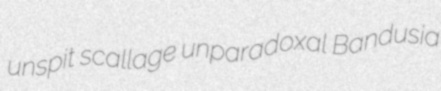
unspit scallage unparadoxal Bandusia